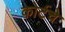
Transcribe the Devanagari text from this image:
कोर्टचे